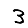
Digit: 3